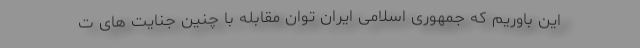
این باوریم که جمهوری اسلامی ایران توان مقابله با چنین جنایت های ت